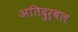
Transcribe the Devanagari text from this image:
अतिदुर्बल